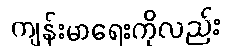
ကျန်းမာရေးကိုလည်း